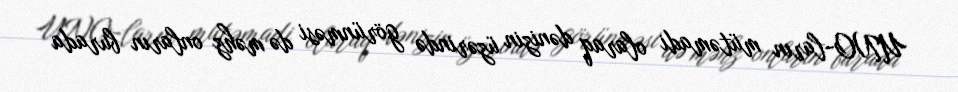
UNO-ların mütəmadi olaraq dənizin üzərində görünməsi də məhz onların burada